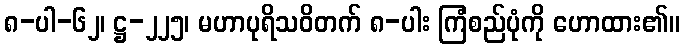
၈-ပါ-၆၂၊ ဋ္ဌ-၂၂၅၊ မဟာပုရိသဝိတက် ၈-ပါး ကြံစည်ပုံကို ဟောထား၏။